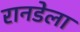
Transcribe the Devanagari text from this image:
रानडेला